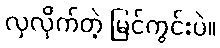
လှလိုက်တဲ့ မြင်ကွင်းပဲ။